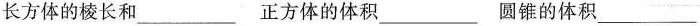
长方体的棱长和___ 正方体的体积___ 圆锥的体积___